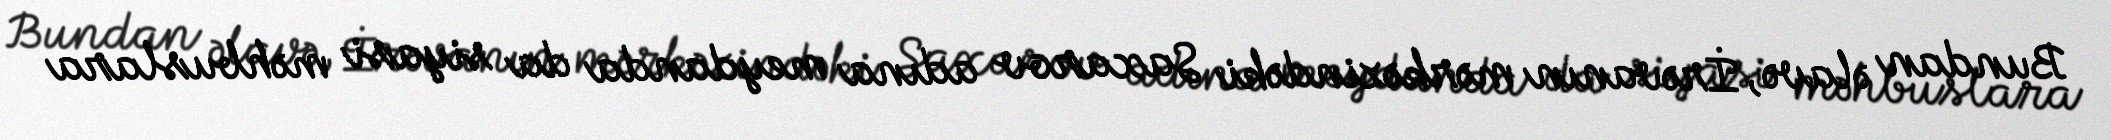
Bundan əlavə, İrəvanın mərkəzindəki Saxarov adına meydanda da siyasi məhbuslara